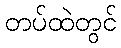
တပ်ထဲတွင်